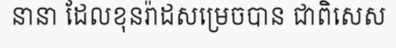
នានា ដែលខុនរ៉ាដសម្រេចបាន ជាពិសេស